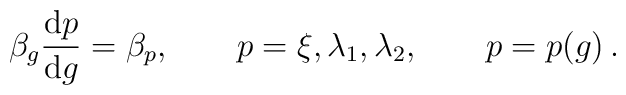
\beta_g \frac{{\rm d}p}{{\rm d} g} = \beta_p , \qquad  p=\xi,\lambda_1,\lambda_2, \qquad p = p(g) \,.